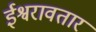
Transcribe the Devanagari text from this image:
ईश्वरावतार